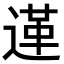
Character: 𨔷